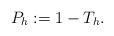
LaTeX: \begin{align*} P_h : = 1 - T_{h} .\end{align*}